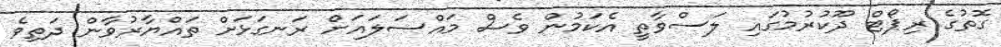
ގޮތުގެ ރިޕޯޓް ދޫކުރުމުގައި ލަސްވާތީ އެކަމުން ވެސް މައްސަލައަށް ރަނގަޅަށް ތައްޔާރުވާން ދަތިވެ